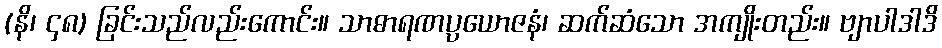
(နိ၊ ၄၈) ခြင်းသည်လည်းကောင်း။ သာဓာရဏပ္ပယောဇနံ၊ ဆက်ဆံသော အကျိုးတည်း။ ဗျာပါဒါဒိ